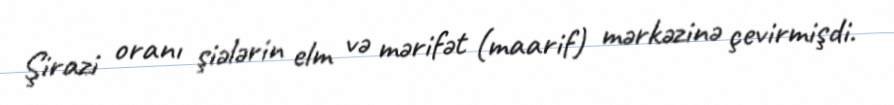
Şirazi oranı şiələrin elm və mərifət (maarif) mərkəzinə çevirmişdi.